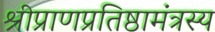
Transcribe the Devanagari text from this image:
श्रीप्राणप्रतिष्ठामंत्रस्य